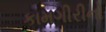
કામગીરીનો